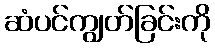
ဆံပင်ကျွတ်ခြင်းကို